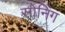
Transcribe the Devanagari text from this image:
सोनिंग